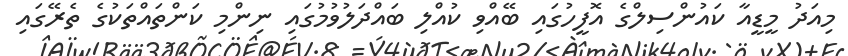
މިއަދު މީޑީއާ ކައުންސިލްގެ އޮފީހުގައި ބޭއްވި ކުއްލި ބައްދަލުވުމުގައި ނިންމި ކަންތައްތަކުގެ ތެރޭގައި